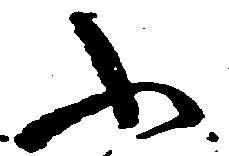
ふ